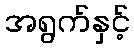
အရွက်နှင့်